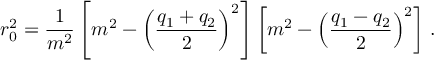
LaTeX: r _ { 0 } ^ { 2 } = \frac { 1 } { m ^ { 2 } } \left[ m ^ { 2 } - \left( \frac { q _ { 1 } + q _ { 2 } } { 2 } \right) ^ { 2 } \right] \left[ m ^ { 2 } - \left( \frac { q _ { 1 } - q _ { 2 } } { 2 } \right) ^ { 2 } \right] \, .